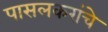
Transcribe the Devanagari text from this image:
पासलकरांचे